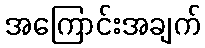
အကြောင်းအချက်